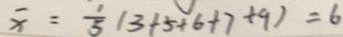
\overline { x } = \frac { 1 } { 5 } ( 3 + 5 + 6 + 7 + 9 ) = 6